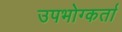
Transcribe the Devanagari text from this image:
उपभोग्कर्ता